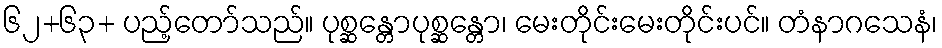
၆၂+၆၃+ ပည့်တော်သည်။ ပုစ္ဆန္တောပုစ္ဆန္တော၊ မေးတိုင်းမေးတိုင်းပင်။ တံနာဂသေနံ၊